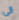
الى